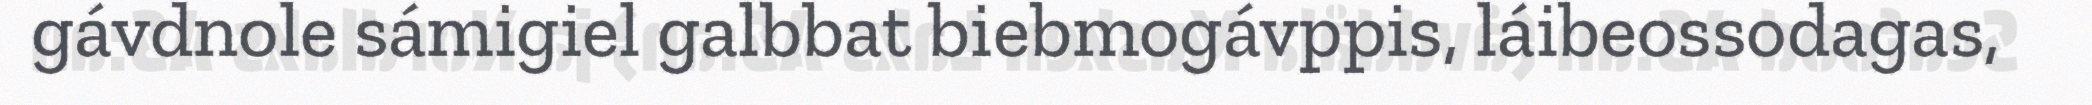
gávdnole sámigiel galbbat biebmogávppis, láibeossodagas,